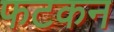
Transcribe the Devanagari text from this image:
फटकन